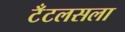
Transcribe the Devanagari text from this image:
टँटलसला